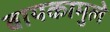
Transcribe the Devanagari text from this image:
बायकामुले